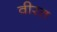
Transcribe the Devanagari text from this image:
वीरत